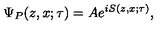
\Psi _ { P } ( z , x ; \tau ) = A e ^ { i S ( z , x ; \tau ) } ,